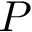
P